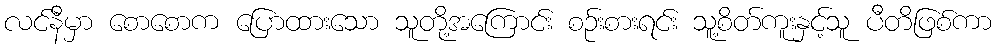
လင်နီမှာ စောစောက ပြောထားသော သူတို့အကြောင်း စဉ်းစားရင်း သူ့စိတ်ကူးနှင့်သူ ပီတိဖြစ်ကာ